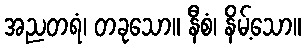
အညတရံ၊ တခုသော။ နီစံ၊ နိမ့်သော။